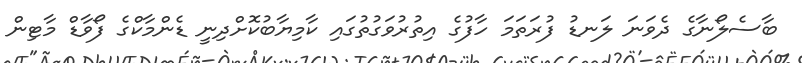
ބާސެލޯނާގެ ދެވަނަ ލަނޑު ފުރަތަމަ ހާފުގެ އިތުރުވަގުތުގައި ކާމިޔާބުކޮށްދިނީ ޑެންމާކްގެ ފޯވާޑް މާޓިން